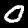
Digit: 0